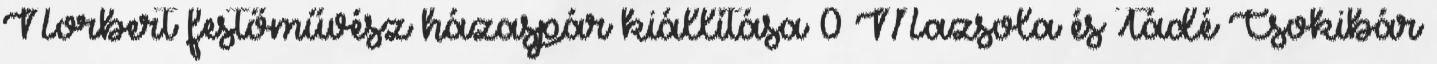
Norbert festőművész házaspár kiállítása 0 Mazsola és Tádé Csokibár